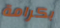
بكرامة